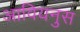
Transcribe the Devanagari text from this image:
आवियनुस